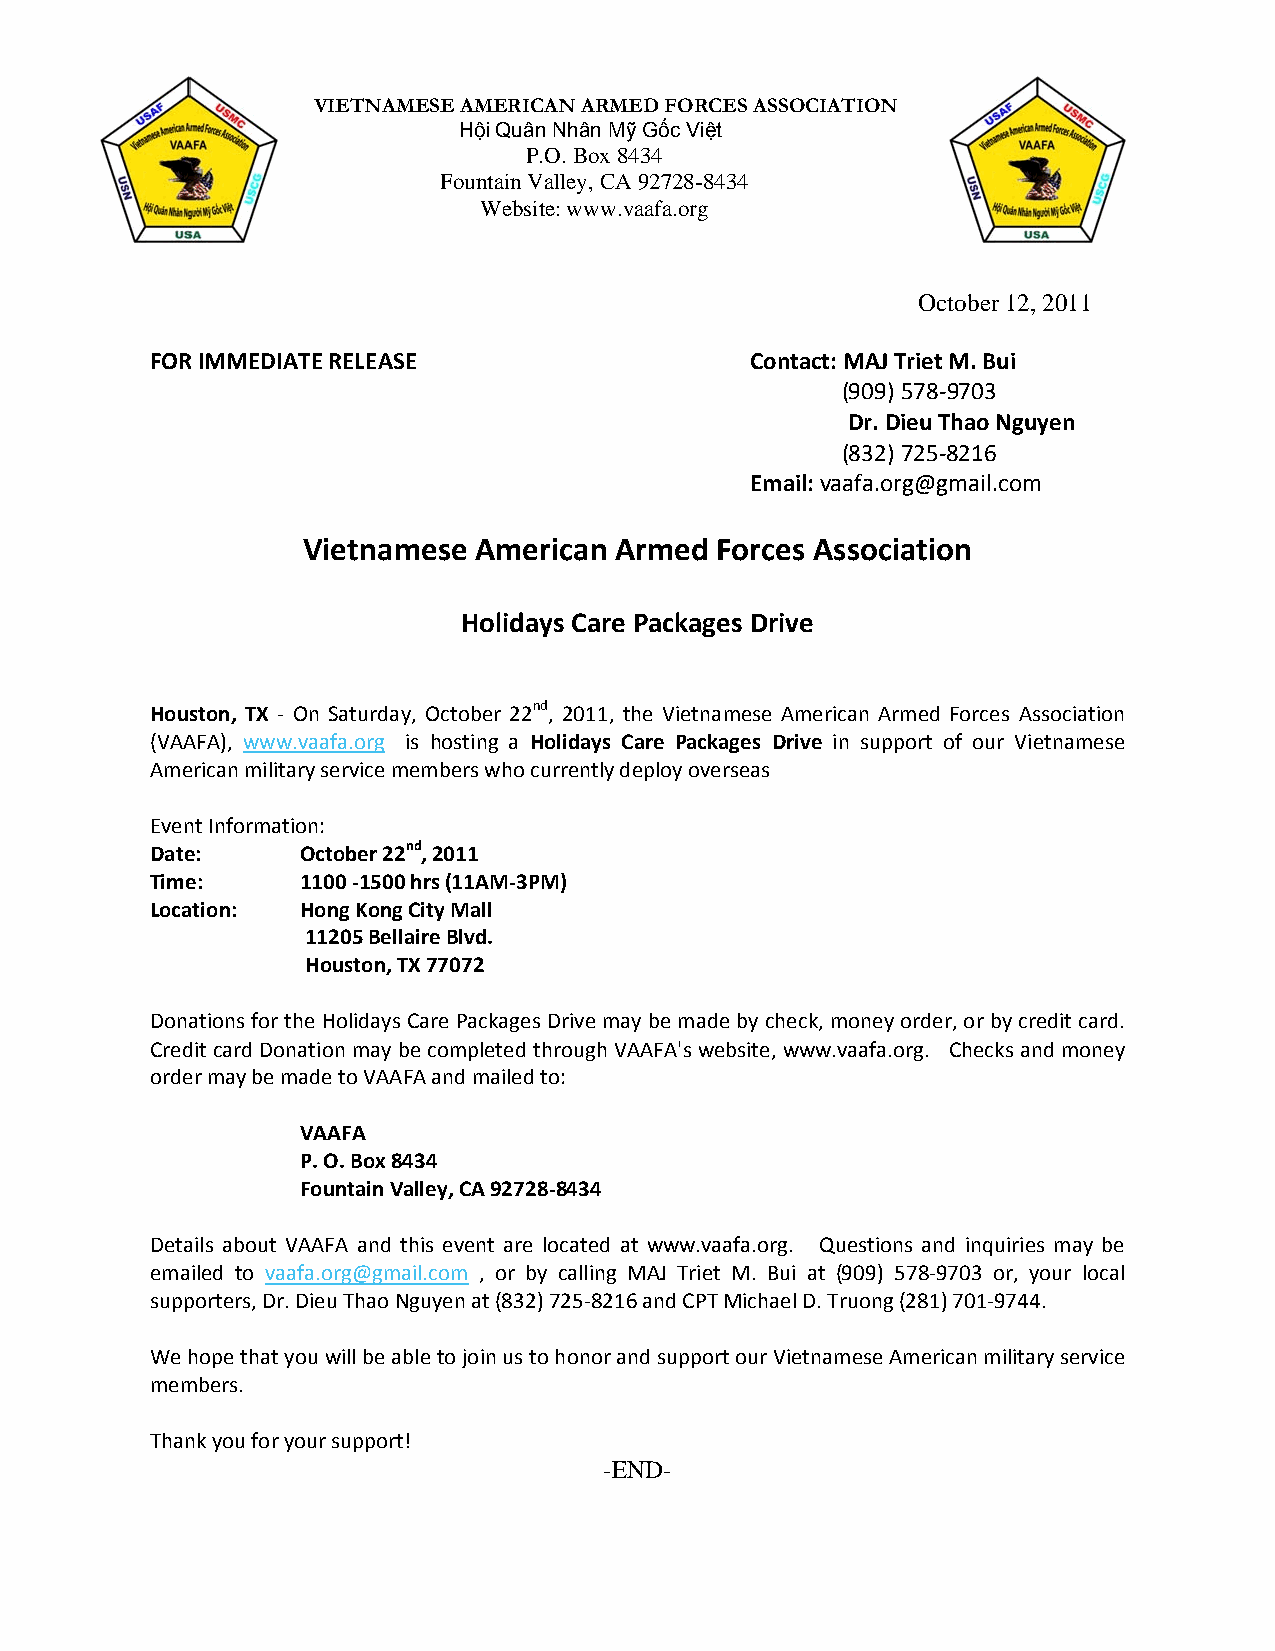
VIETNAMESE AMERICAN ARMED FORCES ASSOCIATION
 Hội Quân Nhân Mỹ Gốc Việt
 P.O. Box 8434
 Fountain Valley, CA 92728-8434
 Website: www.vaafa.org
 October 12, 2011
 FOR IMMEDIATE RELEASE                   Contact: MAJ Triet M. Bui
 (909) 578‐9703
 Dr. Dieu Thao Nguyen
 (832) 725‐8216
 Email: vaafa.org@gmail.com
 Vietnamese American  Armed Forces Association
 Holidays Care Packages Drive
 Houston, TX ‐ On Saturday, October 22nd, 2011, the Vietnamese American Armed Forces Association
 (VAAFA), www.vaafa.org is hosting a Holidays Care Packages Drive in support of our Vietnamese
 American military service members who currently deploy overseas
 Event Information:
 Date:     October 22nd, 2011
 Time:     1100 ‐1500 hrs (11AM‐3PM)
 Location: Hong Kong City Mall
 11205 Bellaire Blvd.
 Houston, TX 77072
 Donations for the Holidays Care Packages Drive may be made by check, money order, or by credit card.
 Credit card Donation may be completed through VAAFA's website, www.vaafa.org. Checks and money
 order may be made to VAAFA and mailed to:
 VAAFA
 P. O. Box 8434
 Fountain Valley, CA 92728‐8434
 Details about VAAFA and this event are located at www.vaafa.org. Questions and inquiries may be
 emailed to vaafa.org@gmail.com , or by calling MAJ Triet M. Bui at (909) 578‐9703 or, your local
 supporters, Dr. Dieu Thao Nguyen at (832) 725‐8216 and CPT Michael D. Truong (281) 701‐9744.
 We hope that you will be able to join us to honor and support our Vietnamese American military service
 members.
 Thank you for your support!
 -END-